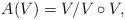
LaTeX: \begin{align*} A(V)=V/V\circ V,\end{align*}